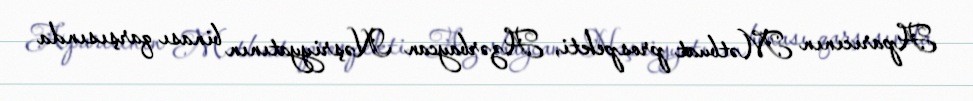
Aparıcının Mətbuat prospekti, Azərbaycan Nəşriyyatının binası qarşısında